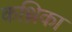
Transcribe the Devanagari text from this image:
कथ्रिका